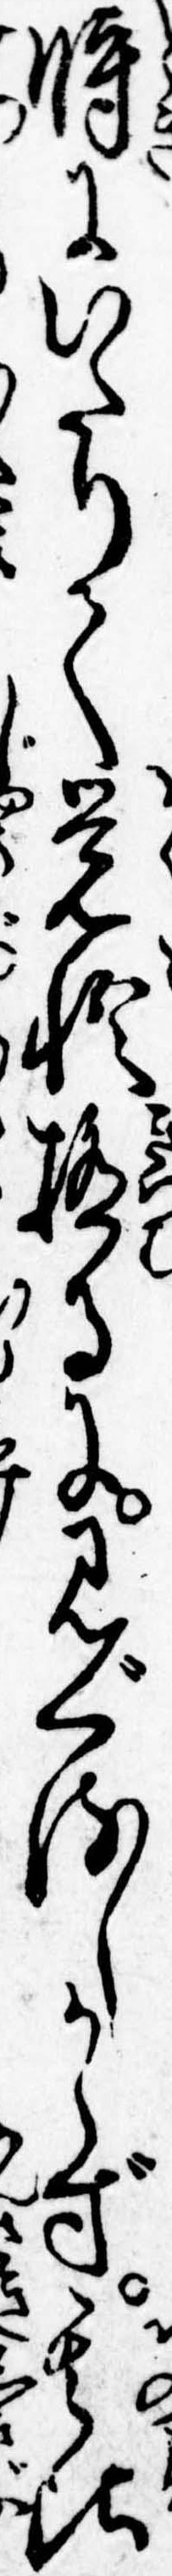
時にいたりて覚悟極るに見ぐるしからず其頃